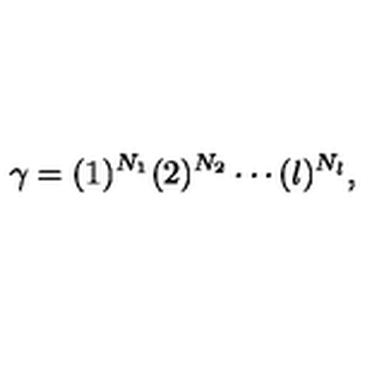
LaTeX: \gamma = ( 1 ) ^ { N _ { 1 } } ( 2 ) ^ { N _ { 2 } } \cdots ( l ) ^ { N _ { l } } ,